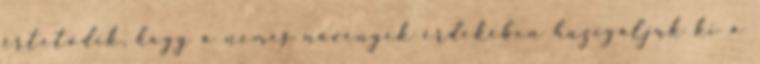
értetődik, hogy a nemes növények érdekében huzigáljuk ki a